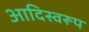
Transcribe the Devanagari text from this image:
आदिस्वरूप